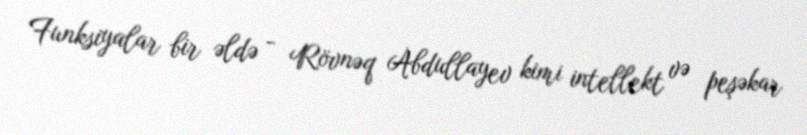
Funksiyalar bir əldə - Rövnəq Abdullayev kimi intellekt və peşəkar